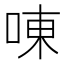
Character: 㖦